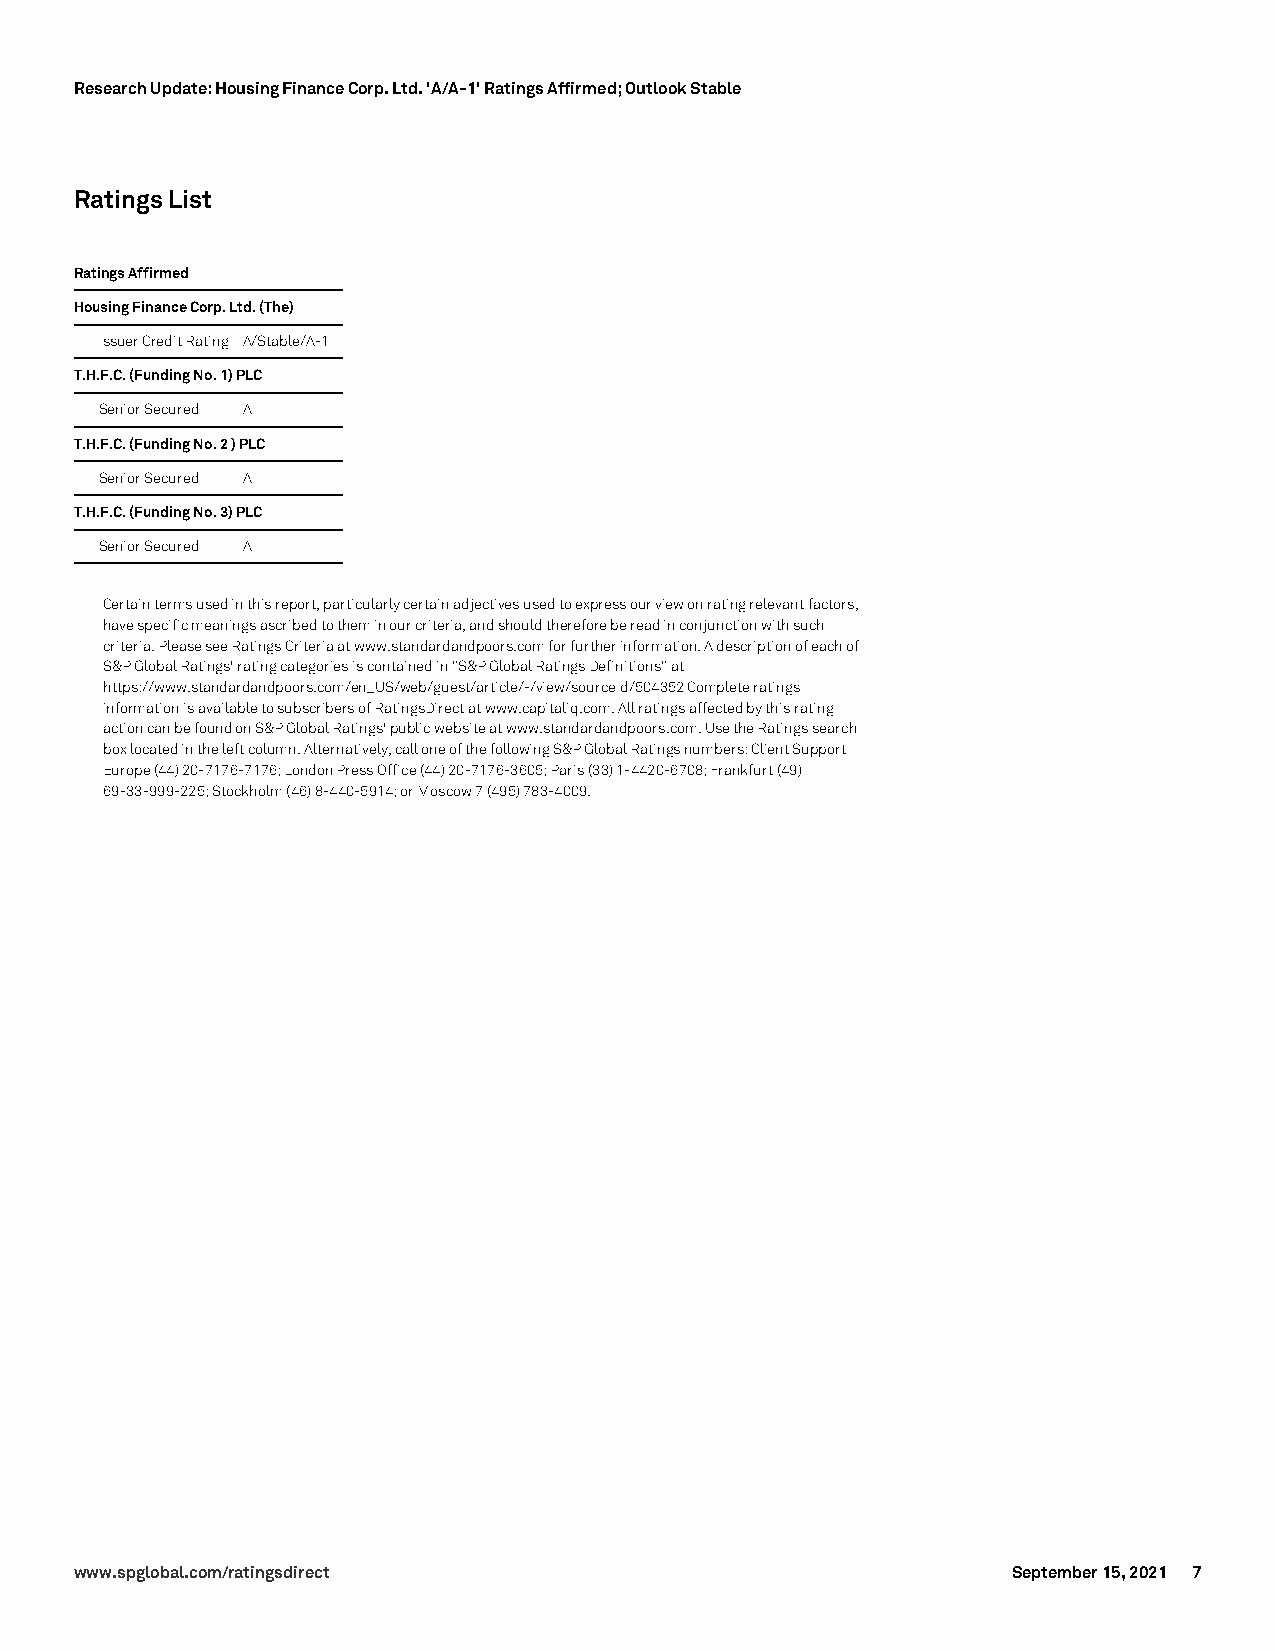
Research Update: Housing Finance Corp. Ltd. 'A/A-1' Ratings Affirmed; Outlook Stable
 RatingsList
 RatingsAffirmed
 HousingFinanceCorp.Ltd.(The)
 IssuerCreditRating A/Stable/A-1
 T.H.F.C.(FundingNo.1)PLC
 SeniorSecured A
 T.H.F.C.(FundingNo.2)PLC
 SeniorSecured A
 T.H.F.C.(FundingNo.3)PLC
 SeniorSecured A
 Certaintermsusedinthisreport,particularlycertainadjectivesusedtoexpressourviewonratingrelevantfactors,
 havespecificmeaningsascribedtotheminourcriteria,andshouldthereforebereadinconjunctionwithsuch
 criteria.PleaseseeRatingsCriteriaatwww.standardandpoors.comforfurtherinformation.Adescriptionofeachof
 S&PGlobalRatings'ratingcategoriesiscontainedin"S&PGlobalRatingsDefinitions"at
 https://www.standardandpoors.com/en_US/web/guest/article/-/view/sourceId/504352Completeratings
 informationisavailabletosubscribersofRatingsDirectatwww.capitaliq.com.Allratingsaffectedbythisrating
 actioncanbefoundonS&PGlobalRatings'publicwebsiteatwww.standardandpoors.com.UsetheRatingssearch
 boxlocatedintheleftcolumn.Alternatively,calloneofthefollowingS&PGlobalRatingsnumbers:ClientSupport
 Europe(44)20-7176-7176;LondonPressOffice(44)20-7176-3605;Paris(33)1-4420-6708;Frankfurt(49)
 69-33-999-225;Stockholm(46)8-440-5914;orMoscow7(495)783-4009.
 www.spglobal.com/ratingsdirect                                September 15, 2021 7